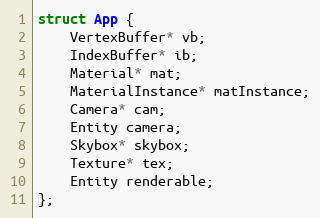
Language: C++
struct App {
    VertexBuffer* vb;
    IndexBuffer* ib;
    Material* mat;
    MaterialInstance* matInstance;
    Camera* cam;
    Entity camera;
    Skybox* skybox;
    Texture* tex;
    Entity renderable;
};